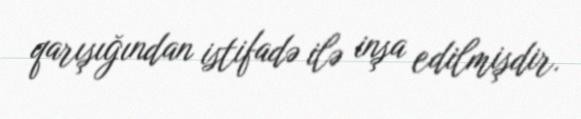
qarışığından istifadə ilə inşa edilmişdir.